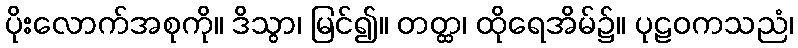
ပိုးလောက်အစုကို။ ဒိသွာ၊ မြင်၍။ တတ္ထ၊ ထိုရေအိမ်၌။ ပုဠဝကသညံ၊